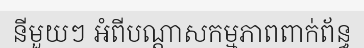
នីមួយៗ អំពីបណ្តាសកម្មភាពពាក់ព័ន្ធ